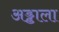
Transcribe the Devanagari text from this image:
अड्डाला